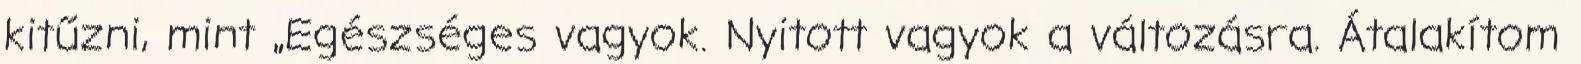
kitűzni, mint „Egészséges vagyok. Nyitott vagyok a változásra. Átalakítom